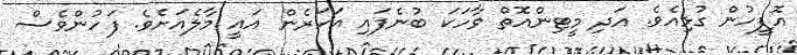
އޮފީހުން ގުޅިއެވެ. އަދި މީޓިންއޮތް ވާހަކަ ބުނެފައި އަހަރެން އައީ މާލެއަށެވެ. ފަހުންވެސް